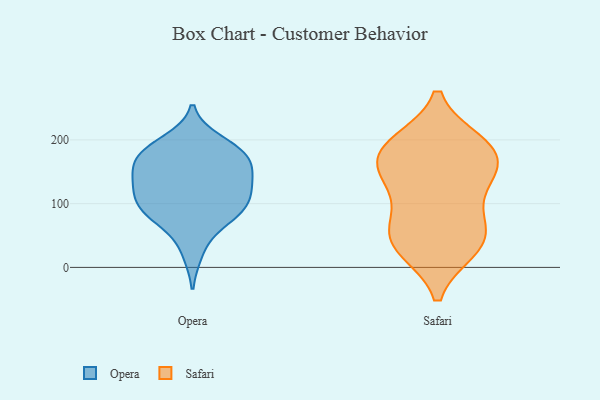
{"axis": {"x": "Net Income (USD K)", "y": "Value"}, "legend": ["Opera", "Safari"], "data": [{"x": "", "y": 177, "type": "Opera"}, {"x": "", "y": 184, "type": "Opera"}, {"x": "", "y": 173, "type": "Opera"}, {"x": "", "y": 109, "type": "Opera"}, {"x": "", "y": 71, "type": "Opera"}, {"x": "", "y": 142, "type": "Opera"}, {"x": "", "y": 24, "type": "Opera"}, {"x": "", "y": 95, "type": "Opera"}, {"x": "", "y": 179, "type": "Opera"}, {"x": "", "y": 126, "type": "Opera"}, {"x": "", "y": 161, "type": "Opera"}, {"x": "", "y": 87, "type": "Opera"}, {"x": "", "y": 197, "type": "Opera"}, {"x": "", "y": 82, "type": "Opera"}, {"x": "", "y": 138, "type": "Opera"}, {"x": "", "y": 101, "type": "Opera"}, {"x": "", "y": 135, "type": "Opera"}, {"x": "", "y": 161, "type": "Safari"}, {"x": "", "y": 30, "type": "Safari"}, {"x": "", "y": 154, "type": "Safari"}, {"x": "", "y": 28, "type": "Safari"}, {"x": "", "y": 30, "type": "Safari"}, {"x": "", "y": 182, "type": "Safari"}, {"x": "", "y": 154, "type": "Safari"}, {"x": "", "y": 196, "type": "Safari"}, {"x": "", "y": 68, "type": "Safari"}, {"x": "", "y": 195, "type": "Safari"}, {"x": "", "y": 117, "type": "Safari"}, {"x": "", "y": 60, "type": "Safari"}, {"x": "", "y": 192, "type": "Safari"}, {"x": "", "y": 63, "type": "Safari"}, {"x": "", "y": 131, "type": "Safari"}]}